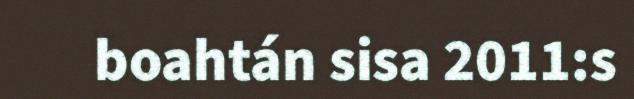
boahtán sisa 2011:s